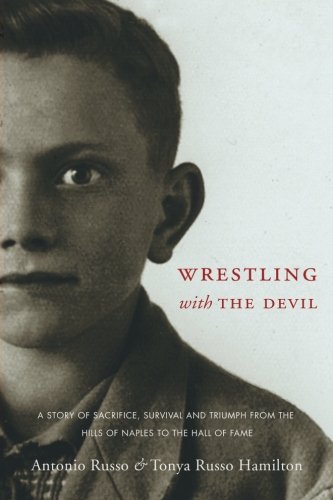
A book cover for Wrestling With the Devil: A Story of Sacrifice, Survival and Triumph from the Hills of Naples to the Hall of Fame; Tonya Russo Hamilton; Biographies & Memoirs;